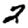
Digit: 2